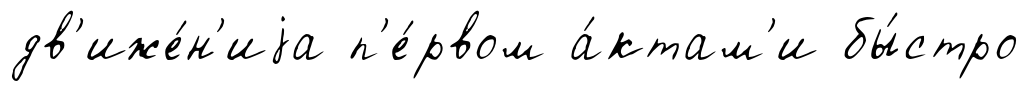
дв'иже́н'иjа п'е́рвом а́ктам'и бы́стро